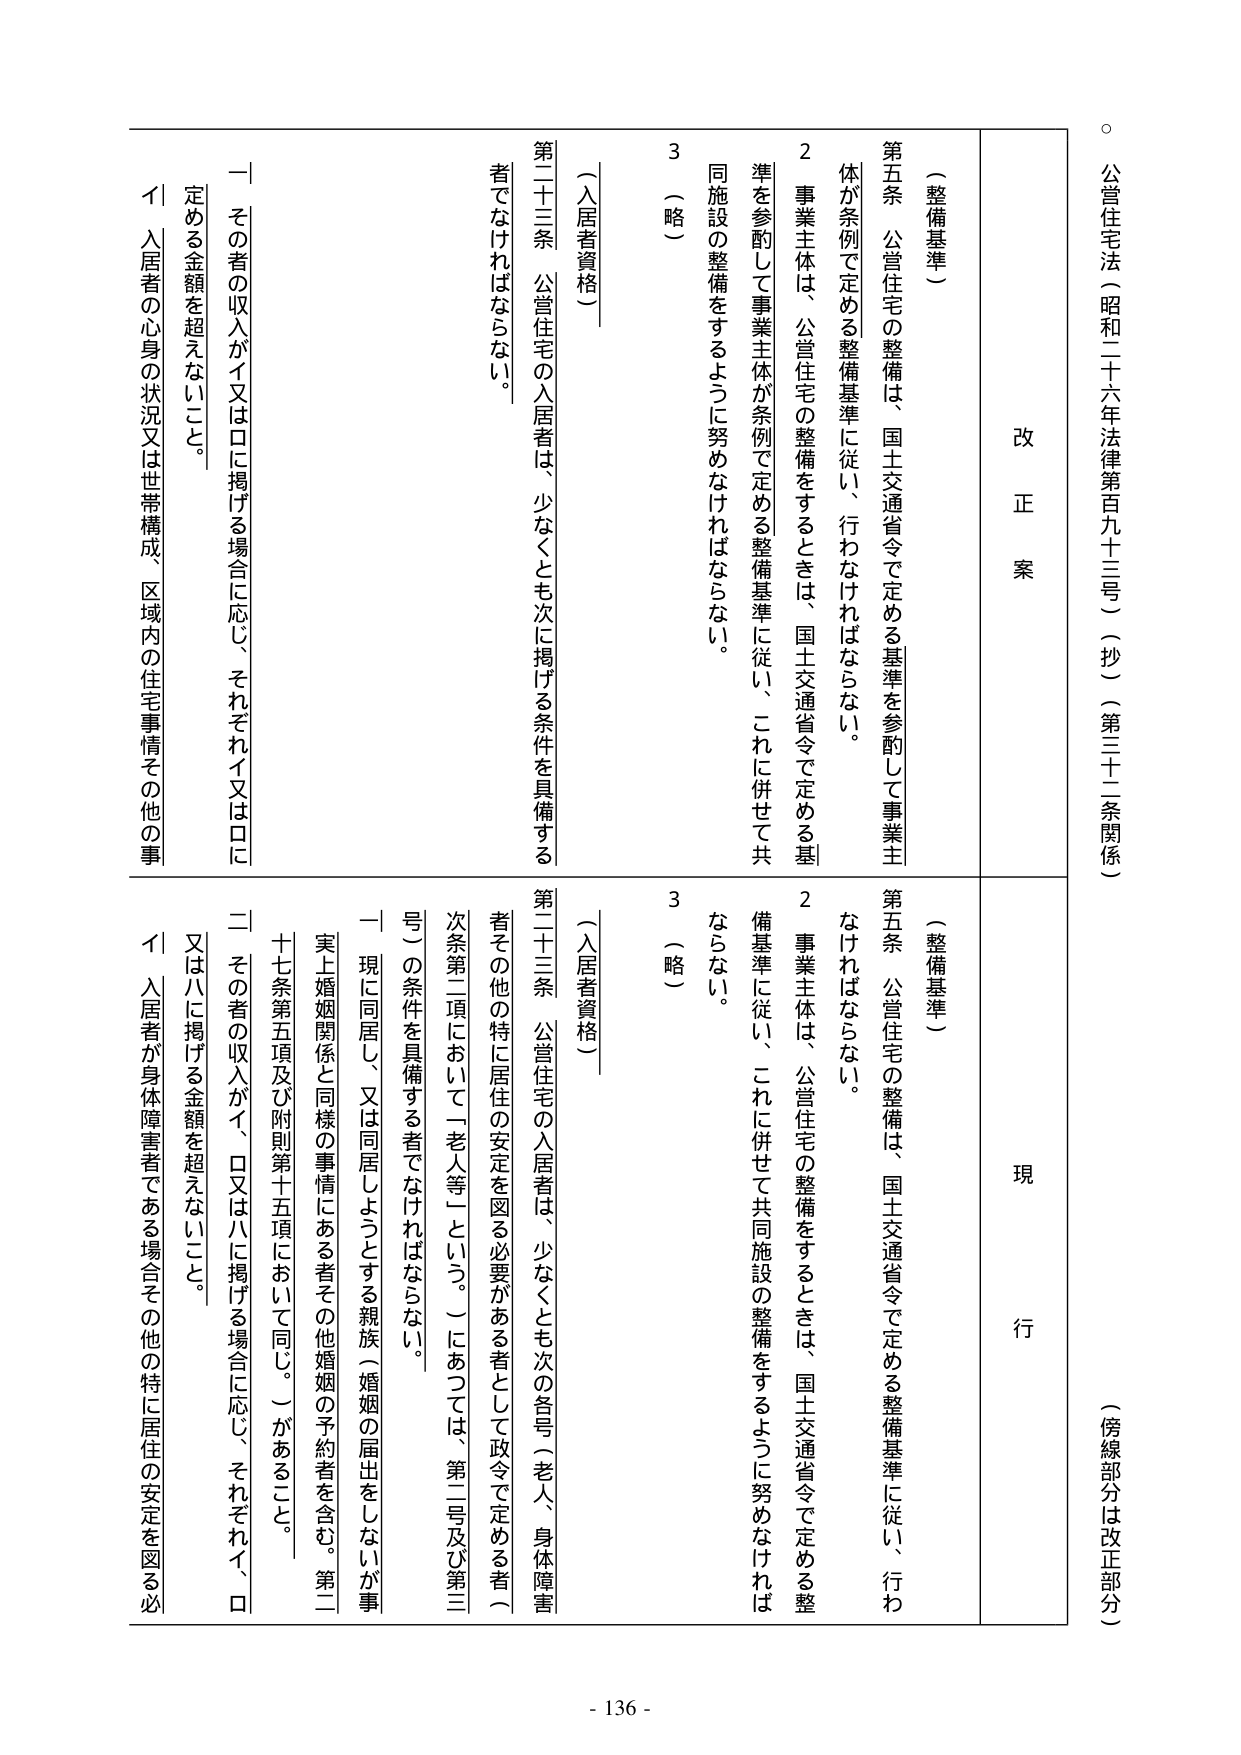
公営住宅法（昭和二十六年法律第百九十三号）（抄）（第三十二条関係）

（傍線部分は改正部分）

改正案

（整備基準）

第五条 公営住宅の整備は、国土交通省令で定める基準を参酌して事業主体が条例で定める整備基準に従い、行わなければならない。

２ 事業主体は、公営住宅の整備をするときは、国土交通省令で定める基準を参酌して事業主体が条例で定める整備基準に従い、これに併せて共同施設の整備をするように努めなければならない。

３ （略）

（入居者資格）

第二十三条 公営住宅の入居者は、少なくとも次に掲げる条件を具備する者でなければならない。

一 その者の収入がイ又はロに掲げる場合に応じ、それぞれイ又はロに定める金額を超えないこと。

イ 入居者の心身の状況又は世帯構成、区域内の住宅事情その他の事

現行

（整備基準）

第五条 公営住宅の整備は、国土交通省令で定める整備基準に従い、行わなければならない。

２ 事業主体は、公営住宅の整備をするときは、国土交通省令で定める整備基準に従い、これに併せて共同施設の整備をするように努めなければならない。

３ （略）

（入居者資格）

第二十三条 公営住宅の入居者は、少なくとも次の各号（老人、身体障害者その他の特に居住の安定を図る必要がある者として政令で定める者（次条第二項において「老人等」という。）にあつては、第二号及び第三号）の条件を具備する者でなければならない。

一 現に同居し、又は同居しようとする親族（婚姻の届出をしないが事実上婚姻関係と同様の事情にある者その他婚姻の予約者を含む。第二十七条第五項及び附則第十五項において同じ。）があること。

二 その者の収入がイ、ロ又はハに掲げる場合に応じ、それぞれイ、ロ又はハに掲げる金額を超えないこと。

イ 入居者が身体障害者である場合その他特に居住の安定を図る必

- 136 -